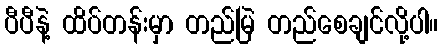
ပီပီနဲ့ ထိပ်တန်းမှာ တည်မြဲ တည်စေချင်လို့ပါ။